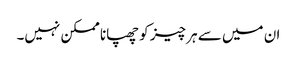
ان میں سے ہر چیز کو چھپانا ممکن نہیں۔